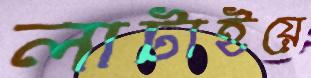
লাটাইয়ে